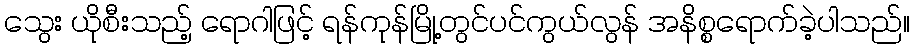
သွေး ယိုစီးသည့် ရောဂါဖြင့် ရန်ကုန်မြို့တွင်ပင်ကွယ်လွန် အနိစ္စရောက်ခဲ့ပါသည်။